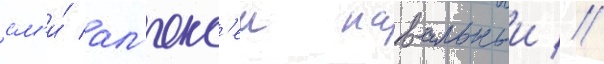
см'и́ ал'екс'еи навальныи //